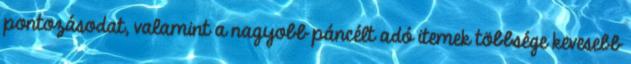
pontozásodat, valamint a nagyobb páncélt adó itemek többsége kevesebb